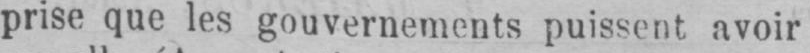
prise que les gouvernements puissent avoir